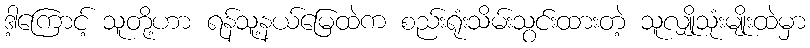
ဒါ့ကြောင့် သူတို့ဟာ ရန်သူ့နယ်မြေထဲက စည်းရုံးသိမ်းသွင်းထားတဲ့ သူလျှိုသုံးမျိုးထဲမှာ